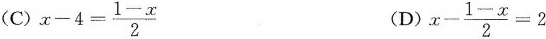
(C) $$x - 4 = \frac { 1 - x } { 2 }$$ (D) $$x - \frac { 1 - x } { 2 } = 2$$